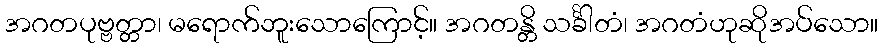
အဂတပုဗ္ဗတ္တာ၊ မရောက်ဘူးသောကြောင့်။ အဂတန္တိ သင်္ခါတံ၊ အဂတံဟုဆိုအပ်သော။